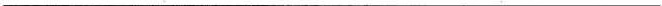
___